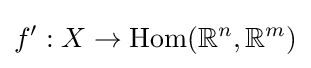
f':X\to \operatorname {Hom} (\mathbb {R} ^{n},\mathbb {R} ^{m})